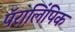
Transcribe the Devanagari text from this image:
पॅरालिंपिक